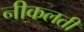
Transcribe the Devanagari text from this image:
नीकलती